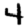
Digit: 4